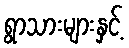
ရွာသားများနှင့်